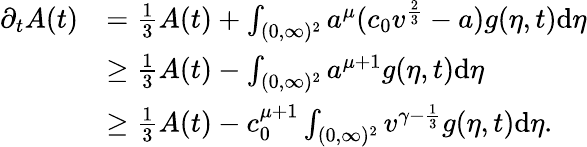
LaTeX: \begin{array}{rl}{\partial_{t}A(t)}&{=\frac{1}{3}A(t)+\int_{(0,\infty)^{2}}a^{\mu}(c_{0}v^{\frac{2}{3}}-a)g(\eta,t)\textup{d}\eta}\\ &{\geq\frac{1}{3}A(t)-\int_{(0,\infty)^{2}}a^{\mu+1}g(\eta,t)\textup{d}\eta}\\ &{\geq\frac{1}{3}A(t)-c_{0}^{\mu+1}\int_{(0,\infty)^{2}}v^{\gamma-\frac{1}{3}}g(\eta,t)\textup{d}\eta.}\end{array}